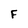
Character: F